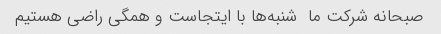
صبحانه شرکت ما  شنبه‌ها با ایتجاست و همگی راضی هستیم